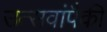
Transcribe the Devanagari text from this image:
उत्सवांपैकी